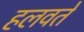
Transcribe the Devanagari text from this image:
हलवते